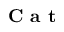
\textbf { C a t }